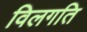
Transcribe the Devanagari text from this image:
विलगति